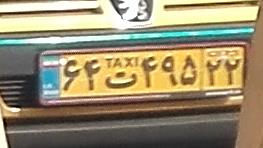
۶۴ت۴۹۵۲۲